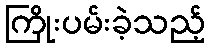
ကြိုးပမ်းခဲ့သည့်